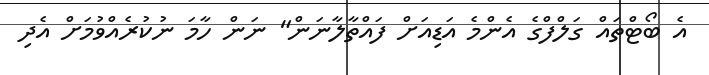
އެ ބޯޓްތައް ގަލްފްގެ އެންމެ އަޑިއަށް ފައްތާލާނަން" ނަން ހާމަ ނުކުރެއްވުމަށް އެދި